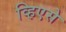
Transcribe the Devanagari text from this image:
व्हिएसे